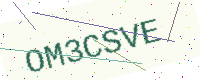
Text: OM3CSVE